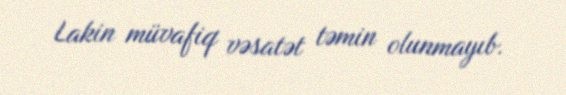
Lakin müvafiq vəsatət təmin olunmayıb.